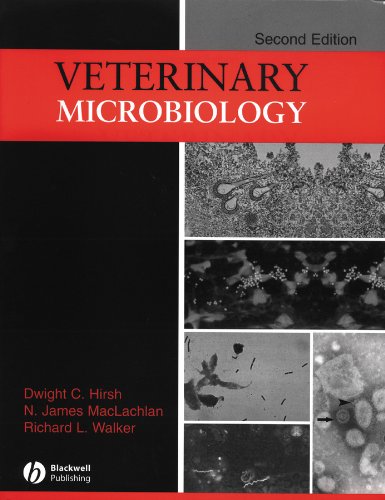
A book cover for Veterinary Microbiology; Dwight C. Hirsh; Medical Books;